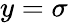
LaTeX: y=\sigma